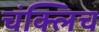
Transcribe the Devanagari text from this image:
चंक्लिच